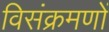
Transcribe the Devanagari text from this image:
विसंक्रमणों